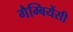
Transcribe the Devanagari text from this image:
गैम्बियेंसी